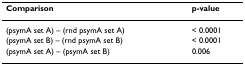
| Comparison | p-value |
 | --- | --- |
 | (psymA set A) – (rnd psymA set A) | < 0.0001 |
 | (psymA set B) – (rnd psymA set B) | < 0.0001 |
 | (psymA set A) – (psymA set B) | 0.006 |